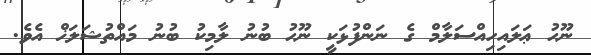
ނޫޙު ޢަލައިހިއްސަލާމް ގެ ނަންފުޅަކީ ނޫޙު ބުނު ލާމިކު ބުނު މައްތުޝަލަޚް އެވެ.